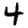
Digit: 4